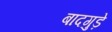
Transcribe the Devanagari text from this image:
बादगुड़े